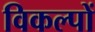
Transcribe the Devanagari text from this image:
विकल्‍पों